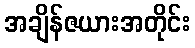
အချိန်ဇယားအတိုင်း